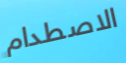
الاصطدام